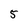
Character: 5